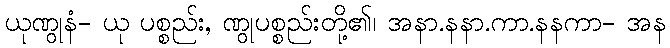
ယုဏွုနံ- ယု ပစ္စည်း, ဏွုပစ္စည်းတို့၏၊ အနာ.နနာ.ကာ.နနကာ- အန